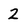
Character: 2